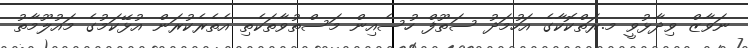
ނަވާޒް ވިދާޅުވީ މ.ރަތްކޮކާގެ އަހުމަދު ސަތޫފް ހުސެއިން މަސްތުވާތަކެތި އެތެރެކުރަން އުޅޭކަމުގެ މައުލޫމާތު